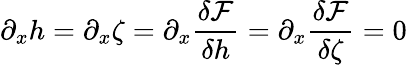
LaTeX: \partial_{x}h=\partial_{x}\zeta=\partial_{x}\frac{\delta\mathcal{F}}{\delta h}=\partial_{x}\frac{\delta\mathcal{F}}{\delta\zeta}=0